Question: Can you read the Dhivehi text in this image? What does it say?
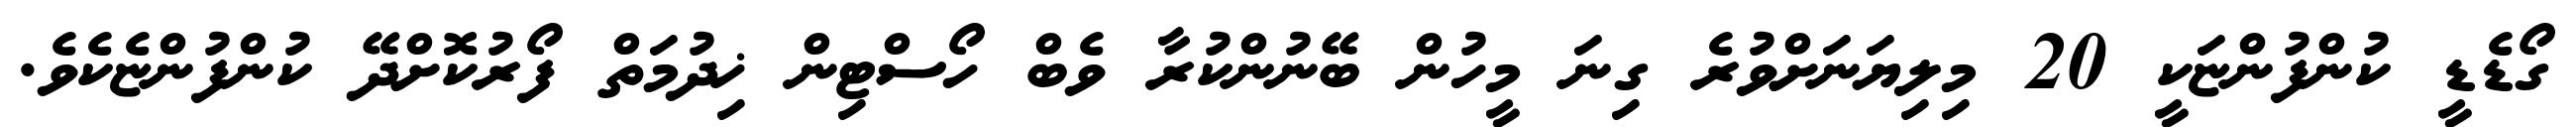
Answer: ގޯޑެޑީ ކުންފުންޏަކީ 20 މިލިޔަނަށްވުރެ ގިނަ މީހުން ބޭނުންކުރާ ވެބް ހޯސްޓިން ޚިދުމަތް ފޯރުކޮށްދޭ ކުންފުންޏެކެވެ.